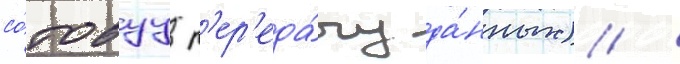
со́товуу п'ер'еда́чу да́нных) /